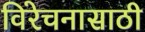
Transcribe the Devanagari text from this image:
विरेचनासाठी